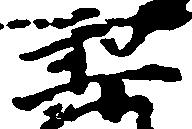
梨